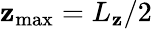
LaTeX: \mathbf{z}_{\mathrm{{max}}}=L_{\mathbf{z}}/2